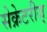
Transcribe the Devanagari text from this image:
सेक्रेटरीज्